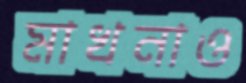
মাখনাও